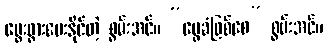
မွေးဖွားပေးနိုင်တဲ့ စွမ်းအင်။ “မွေခံဖြစ်စေ” စွမ်းအင်။